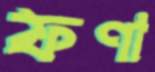
ফণা